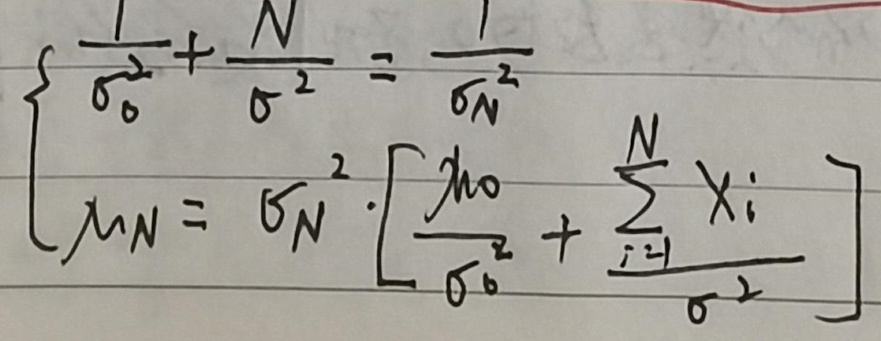
\[
\left\{
\begin{array}{l}
\frac{1}{\sigma_0^2}+\frac{N}{\sigma^2}=\frac{1}{\sigma_N^2}\\
\mu_N = \sigma_N^2\cdot\left[\frac{\mu_0}{\sigma_0^2}+\frac{\sum_{i = 1}^{N}x_i}{\sigma^2}\right]
\end{array}
\right.
\]